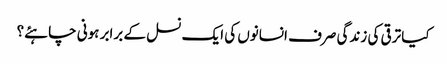
کیا ترقی کی زندگی صرف انسانوں کی ایک نسل کے برابر ہونی چاہئے؟